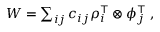
\begin{array} { r } { W = \sum _ { i j } c _ { i j } \rho _ { i } ^ { \intercal } \otimes \phi _ { j } ^ { \intercal } \; , } \end{array}